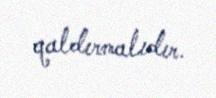
qaldırmalıdır.